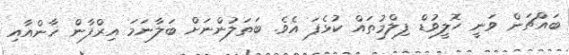
ބައްޗަން ވަނީ ހޮލީވުޑް ފިލްމުތައް ކުޅެފަ އެވެ. ބަތަލުންނަށް ބަލާނަމަ އިރްފާން ޚާންއާއި